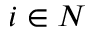
i \in N